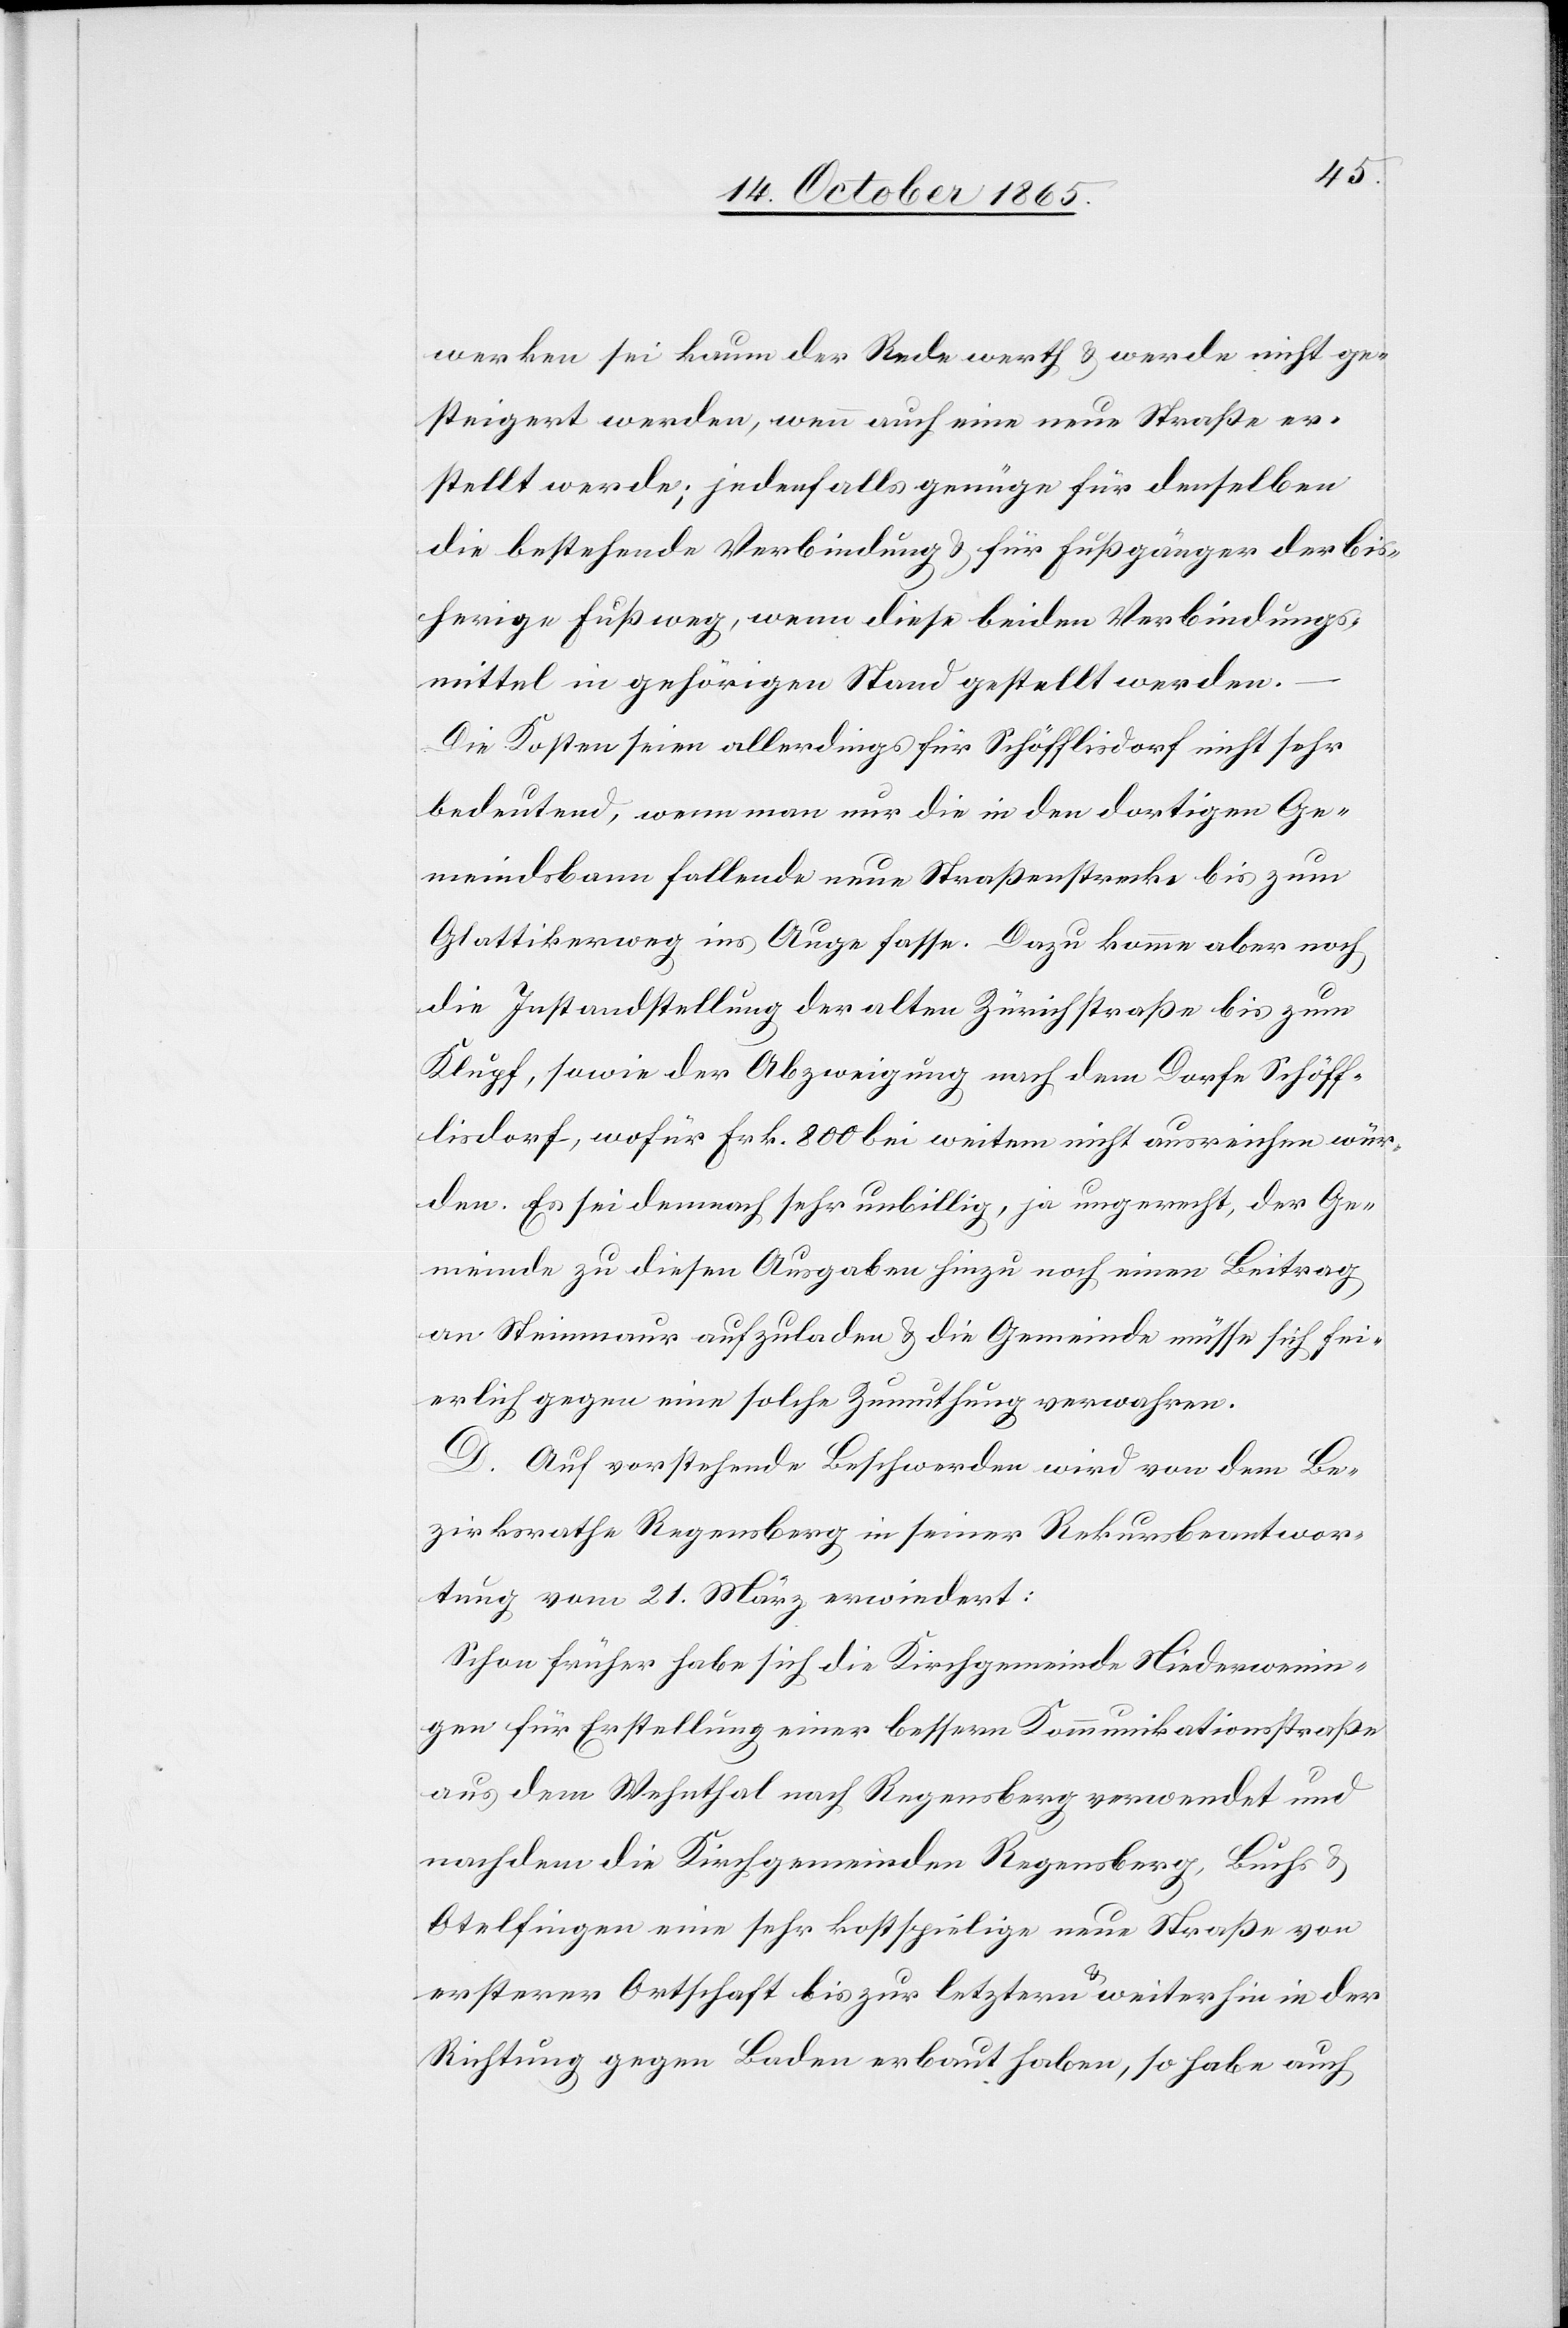
werken sei kaum der Rede werth & werde nicht ge¬
steigert werden, wenn auch eine neue Straße er¬
stellt werde; jedenfalls genüge für denselben
die bestehende Verbindung & für Fußgänger der bis¬
herige Fußweg, wenn diese beiden Verbindungs¬
mittel in gehörigen Stand gestellt werden.
Die Kosten seien allerdings für Schöfflisdorf nicht sehr
bedeutend, wenn man nur die in den dortigen Ge¬
meindsbann fallende neue Straßenstrecke bis zum
Glattikerweg ins Auge fasse. Dazu komme aber noch
die Instandstellung der alten Zürichstraße bis zum
Klupf, sowie der Abzweigung nach dem Dorfe Schöff¬
lisdorf, wofür Frk. 800 bei weitem nicht ausreichen wür¬
den. Es sei demnach sehr unbillig, ja ungerecht, der Ge¬
meinde zu diesen Ausgaben hinzu noch einen Beitrag
an Steinmaur aufzuladen & die Gemeinde müsse sich fei¬
erlich gegen eine solche Zumuthung verwehren.
D. Auf vorstehende Beschwerde wird von dem Be¬
zirksrathe Regensberg in seiner Rekursbeantwor¬
tung vom 21. März erwiedert:
Schon früher habe sich die Kirchgemeinde Niederwenin¬
gen für Erstellung einer bessern Kommunikationsstraße
aus dem Wehnthal nach Regensberg verwendet und
nachdem die Kirchgemeinden Regensberg, Buchs &
Otelfingen eine sehr kostspielige neue Straße von
ersterer Ortschaft bis zur letztern & weiterhin in der
Richtung gegen Baden erbaut haben, so habe auch